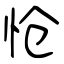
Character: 怆